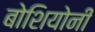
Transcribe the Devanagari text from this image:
बोशियोनी